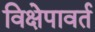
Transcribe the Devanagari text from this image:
विक्षेपावर्त